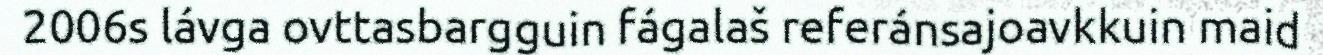
2006s lávga ovttasbargguin fágalaš referánsajoavkkuin maid